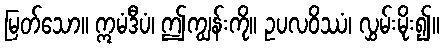
မြတ်သော။ ဣမံဒီပံ၊ ဤကျွန်းကို။ ဥပလဝိဿံ၊ လွှမ်းမိုး၍။